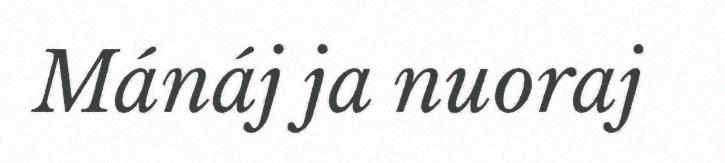
Mánáj ja nuoraj